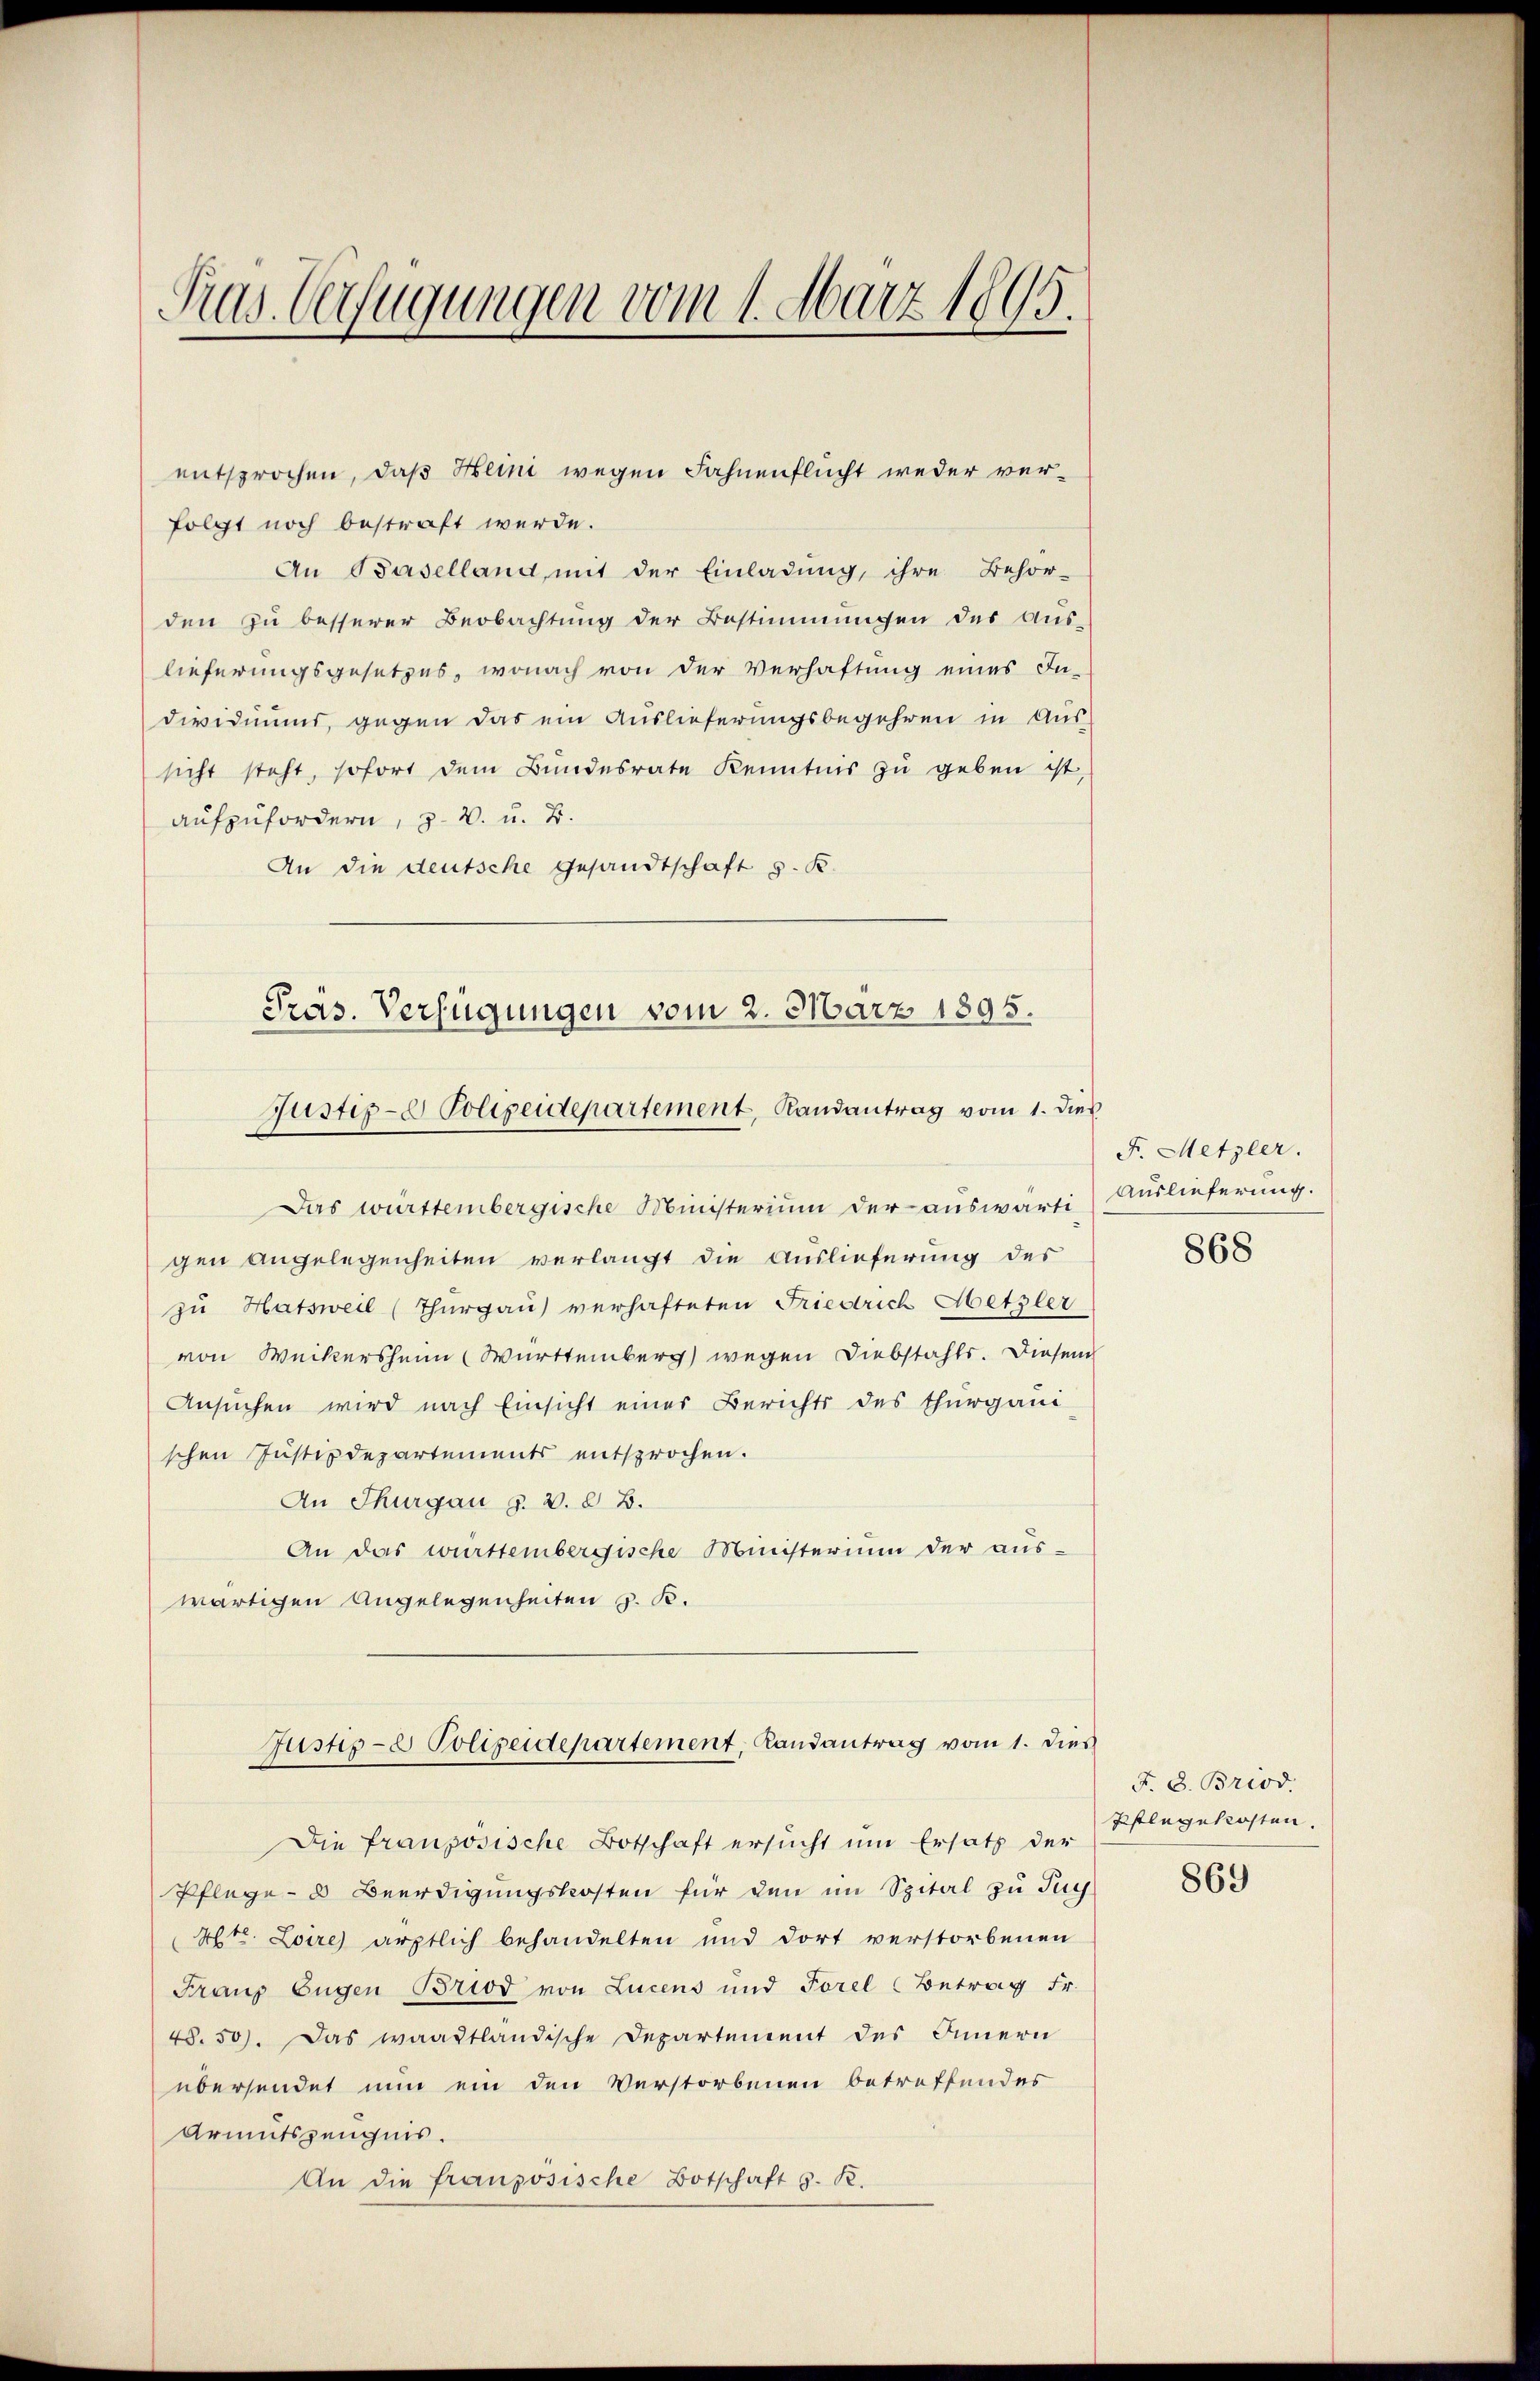
Pras. Verfügungen vom 1. März 1895.

entsprochen, daß Heini wegen Fahnenflucht weder verfolgt noch bestraft werde.
An Baselland, mit der Einladung, ihre Behör-
den zu besserer Beobachtung der Bestimmungen des Aus-
lieferungsgesetzes, wonach von der Verhaftung eines In-
dividiums, gegen das ein Auslieferungsbegehren in Aus-
sicht steht, sofort dem Bundesrate kenntnis zu geben ist,
aufzufordern, z. B. u. 2.
An die deutsche Gesandtschaft z. B.
Das württembergische Ministerium der auswärti
gen Angelegenheiten verlangt die Auslieferung des
zu Hatsweil (Thurgau verhafteten Friedrich Metzler
von Weckersheim Württemberg) wegen Diebstahls. Diesem
Ansuchen wird nach Einsicht einer Berichts des thurgaui
schen Justizdepartements entsprochen.
An Thurgau §. 2. d. B.
An das württembergische Ministerium der aus-
wärtigen Angelegenheiten z. B.
Justiz- & Polizeidepartement, Landantrag vom 1. dies
Die französische Botschaft ersucht um Ersatz der
Pflege- & Beerdigungskosten für den im Spital zu Jug
4tr. Loire ärztlich behandelten und dort verstorbenen
Franz Eugen Briod von Lucens und Forel Betrag Fr.
48. 50). Das waadtländische Departement des Innern
übersendet nun ein den Verstorbenen betreffendes
Armutszeugnis.
An die französische Botschaft z. R.

Pras. Verfügungen vom 2. März 1895.
Justiz- & Polizeidepartement, Randantrag vom 1. dies

F. Metzler.
Auslieferung.
868

F. 8. Briod
Pflegekosten.

869